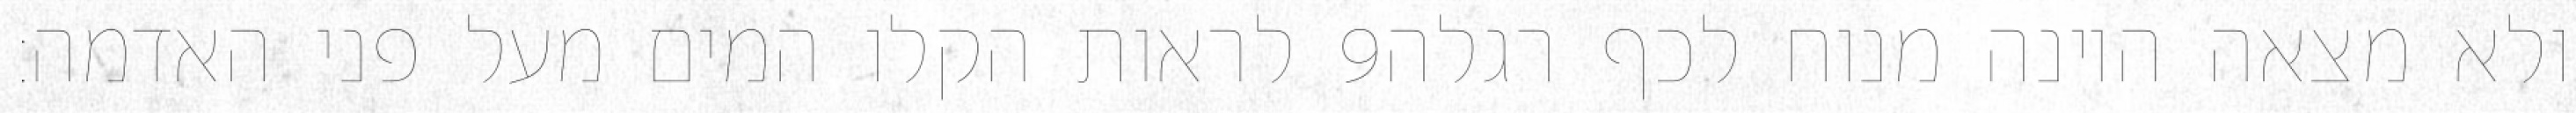
לראות הקלו המים מעל פני האדמה׃ ‎9‏ ולא מצאה היונה מנוח לכף רגלה